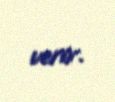
verir.